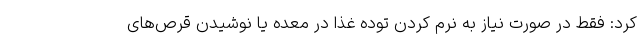
کرد: فقط در صورت نیاز به نرم کردن توده غذا در معده یا نوشیدن قرص‌های